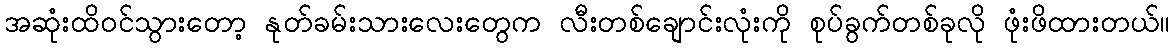
အဆုံးထိဝင်သွားတော့ နုတ်ခမ်းသားလေးတွေက လီးတစ်ချောင်းလုံးကို စုပ်ခွက်တစ်ခုလို ဖုံးဖိထားတယ်။